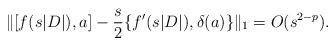
LaTeX: \begin{align*} \|[f(s|D|),a]-\frac{s}{2}\{f'(s|D|),\delta(a)\}\|_1 = O(s^{2-p}). \end{align*}